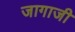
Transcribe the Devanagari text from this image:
जागाजी